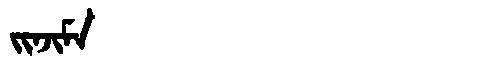
Manchu: ᠵᡳᠨᠵᡳᠮᠠ
Romanization: JINJIMA